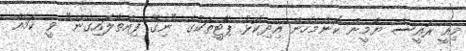
މިއީ ރައީސް ޔާމީން ކޮންމެހެން އިދިކޮޅު ޕާޓީތަކުގެ "ނިގޫ ފިއްތާލައިގެން" ވީ ކަމެއް